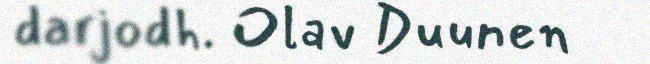
darjodh. Olav Duunen